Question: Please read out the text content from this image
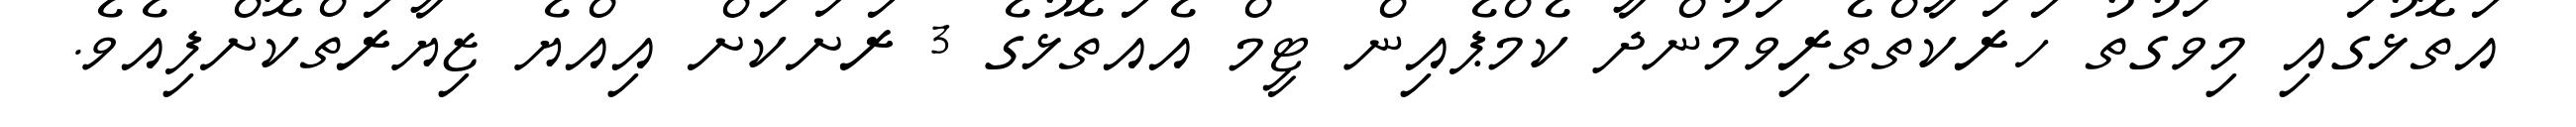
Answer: އަތޮޅުގައި މިވަގުތު ހަރަކާތްތެރިވަމުންދާ ކެމްޕެއިން ޓީމް އެއަތޮޅުގެ 3 ރަށަކަށް އިއްޔެ ޒިޔާރަތްކޮށްފިއެވެ.